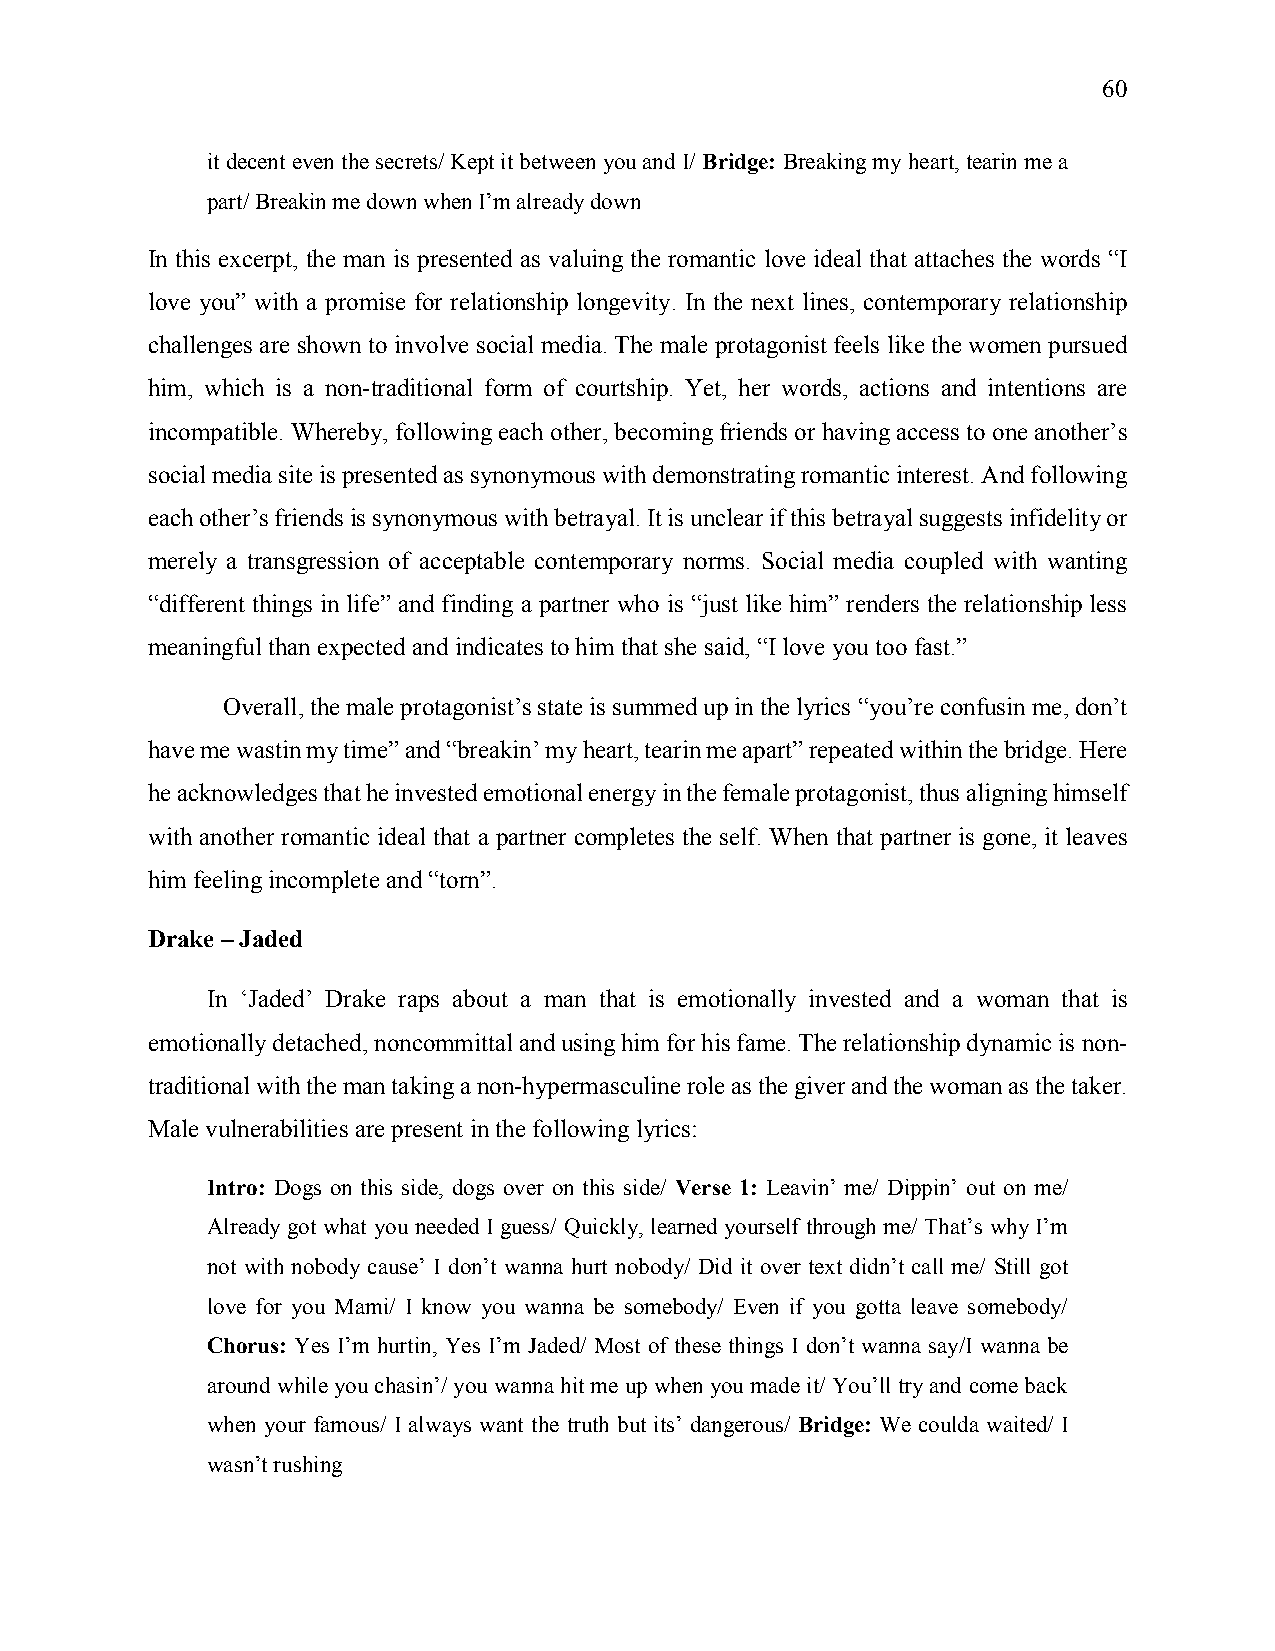
60
 it decent even the secrets/ Kept it between you and I/ Bridge: Breaking my heart, tearin me a
 part/ Breakin me down when I’m already down
 In this excerpt, the man is presented as valuing the romantic love ideal that attaches the words “I
 love you” with a promise for relationship longevity. In the next lines, contemporary relationship
 challenges are shown to involve social media. The male protagonist feels like the women pursued
 him, which is a non-traditional form of courtship. Yet, her words, actions and intentions are
 incompatible. Whereby, following each other, becoming friends or having access to one another’s
 social media site is presented as synonymous with demonstrating romantic interest. And following
 each other’s friends is synonymous with betrayal. It is unclear if this betrayal suggests infidelity or
 merely a transgression of acceptable contemporary norms. Social media coupled with wanting
 “different things in life” and finding a partner who is “just like him” renders the relationship less
 meaningful than expected and indicates to him that she said, “I love you too fast.”
 Overall, the male protagonist’s state is summed up in the lyrics “you’re confusin me, don’t
 have me wastin my time” and “breakin’ my heart, tearin me apart” repeated within the bridge. Here
 he acknowledges that he invested emotional energy in the female protagonist, thus aligning himself
 with another romantic ideal that a partner completes the self. When that partner is gone, it leaves
 him feeling incomplete and “torn”.
 Drake – Jaded
 In ‘Jaded’ Drake raps about a man that is emotionally invested and a woman that is
 emotionally detached, noncommittal and using him for his fame. The relationship dynamic is non-
 traditional with the man taking a non-hypermasculine role as the giver and the woman as the taker.
 Male vulnerabilities are present in the following lyrics:
 Intro: Dogs on this side, dogs over on this side/ Verse 1: Leavin’ me/ Dippin’ out on me/
 Already got what you needed I guess/ Quickly, learned yourself through me/ That’s why I’m
 not with nobody cause’ I don’t wanna hurt nobody/ Did it over text didn’t call me/ Still got
 love for you Mami/ I know you wanna be somebody/ Even if you gotta leave somebody/
 Chorus: Yes I’m hurtin, Yes I’m Jaded/ Most of these things I don’t wanna say/I wanna be
 around while you chasin’/ you wanna hit me up when you made it/ You’ll try and come back
 when your famous/ I always want the truth but its’ dangerous/ Bridge: We coulda waited/ I
 wasn’t rushing